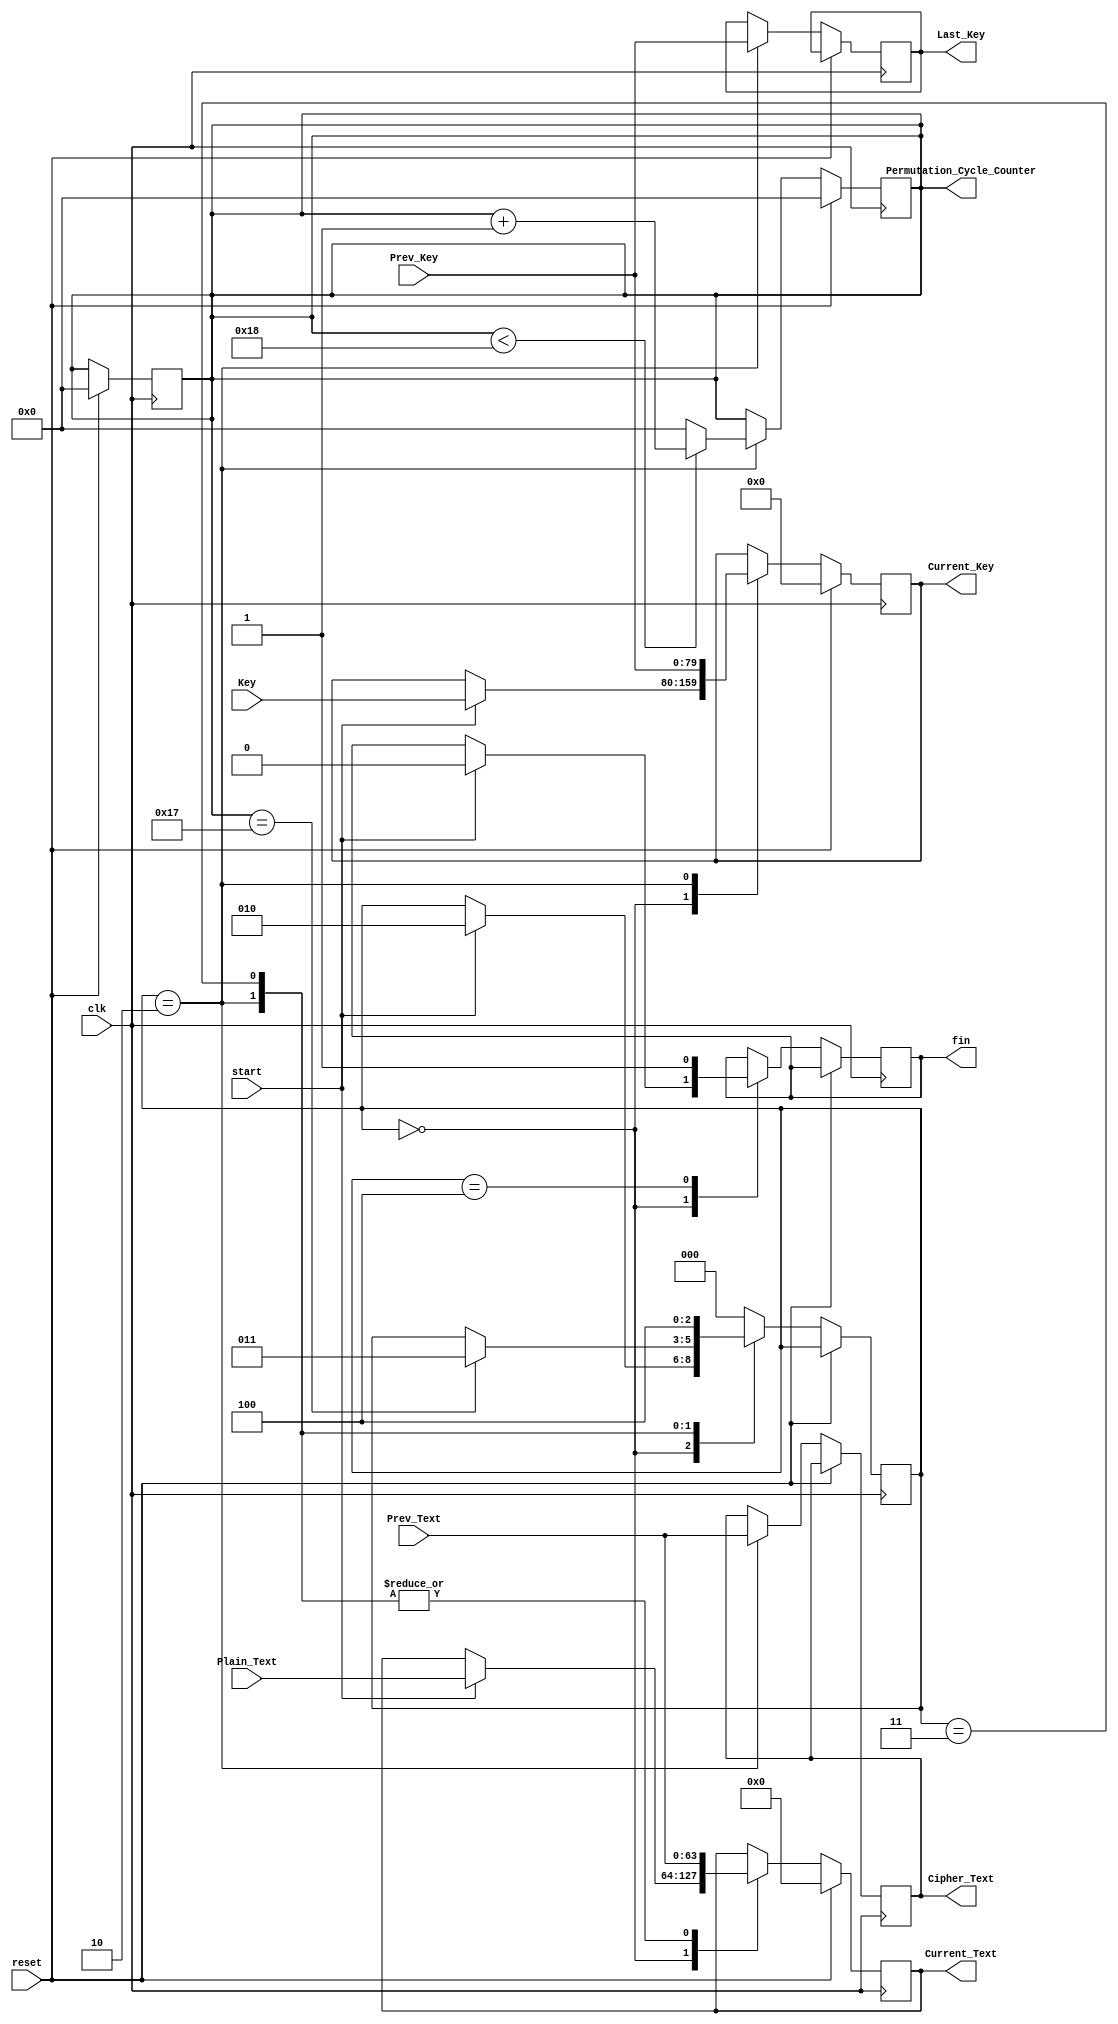
`timescale 1ns / 1ps

module Boron_Cntrl(
input clk,reset,start,
input [63:0] Prev_Text,
input [79:0] Prev_Key,

input [63:0]Plain_Text,
input [79:0]Key,

output reg[63:0] Current_Text,
output reg[79:0] Current_Key,

output reg[4:0] Permutation_Cycle_Counter,

output reg fin,
output reg [63:0] Cipher_Text,
output reg [79:0] Last_Key
    );
  reg [79:0] Master_master_key;
  reg [63:0] Cipher_Text_2;
  
localparam Idle     = 3'b000,
           Round    = 3'b010,
           Before_Fin =3'b011,
           Finish   = 3'b100;
reg [2:0] Current_State = Idle;
  
   always @(posedge clk) begin
        if(reset == 0)  begin
           if(Current_State == Round) begin
                    if(Permutation_Cycle_Counter < 24 ) 
                        Permutation_Cycle_Counter <=Permutation_Cycle_Counter+1;  
                   else 
                        Permutation_Cycle_Counter <= 0; 
            end
        end else 
             Permutation_Cycle_Counter <= 0;
   end
  
    
    always @(posedge clk) begin
        if(reset == 0) begin
            case(Current_State)
                 Idle    : begin 
                            if(start == 1)  begin
                            fin <= 0;
                                Current_State <= Round;
                                
                                 Current_Text    <=    Plain_Text; 
                                 Current_Key     <=    Key;  
                                
                           end end
                 Round   : begin                                     
                                    Current_Text    <=    Prev_Text;
                                    Current_Key     <=    Prev_Key ;
                                if(Permutation_Cycle_Counter == 23 ) 
                                    Current_State <= Before_Fin;
                                     Last_Key    <=  Prev_Key;
                                     Cipher_Text <= Prev_Text;
                             end
                  Before_Fin: begin 
                                   Master_master_key <= Prev_Key;
                                   Current_Text      <=    Prev_Text;
                                   Cipher_Text_2  <= Prev_Key[63:0] ^ Prev_Text;
                                   Current_State <=  Finish;
                               end
                 Finish  : begin  fin <= 1; Current_State <= Idle;  end
                 default : begin Current_State <= Idle; end
            endcase
        end else begin
            Current_Text   <= 0;
            Current_Key    <= 0;
            Permutation_Cycle_Counter <= 0;
    end end
    
    
endmodule